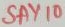
Text: SAY10